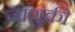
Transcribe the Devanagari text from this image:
नाशुक्री